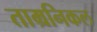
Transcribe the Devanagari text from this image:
ताम्रनिकल